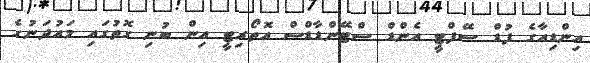
އިންޑިއާގެ ފުޑް ސޭފްޓީ އެންޑް ސްޓޭންޑާޑްސް އޮތޯރިޓީ އިން ބުނި ގޮތުގައި މައުދަނުގެ